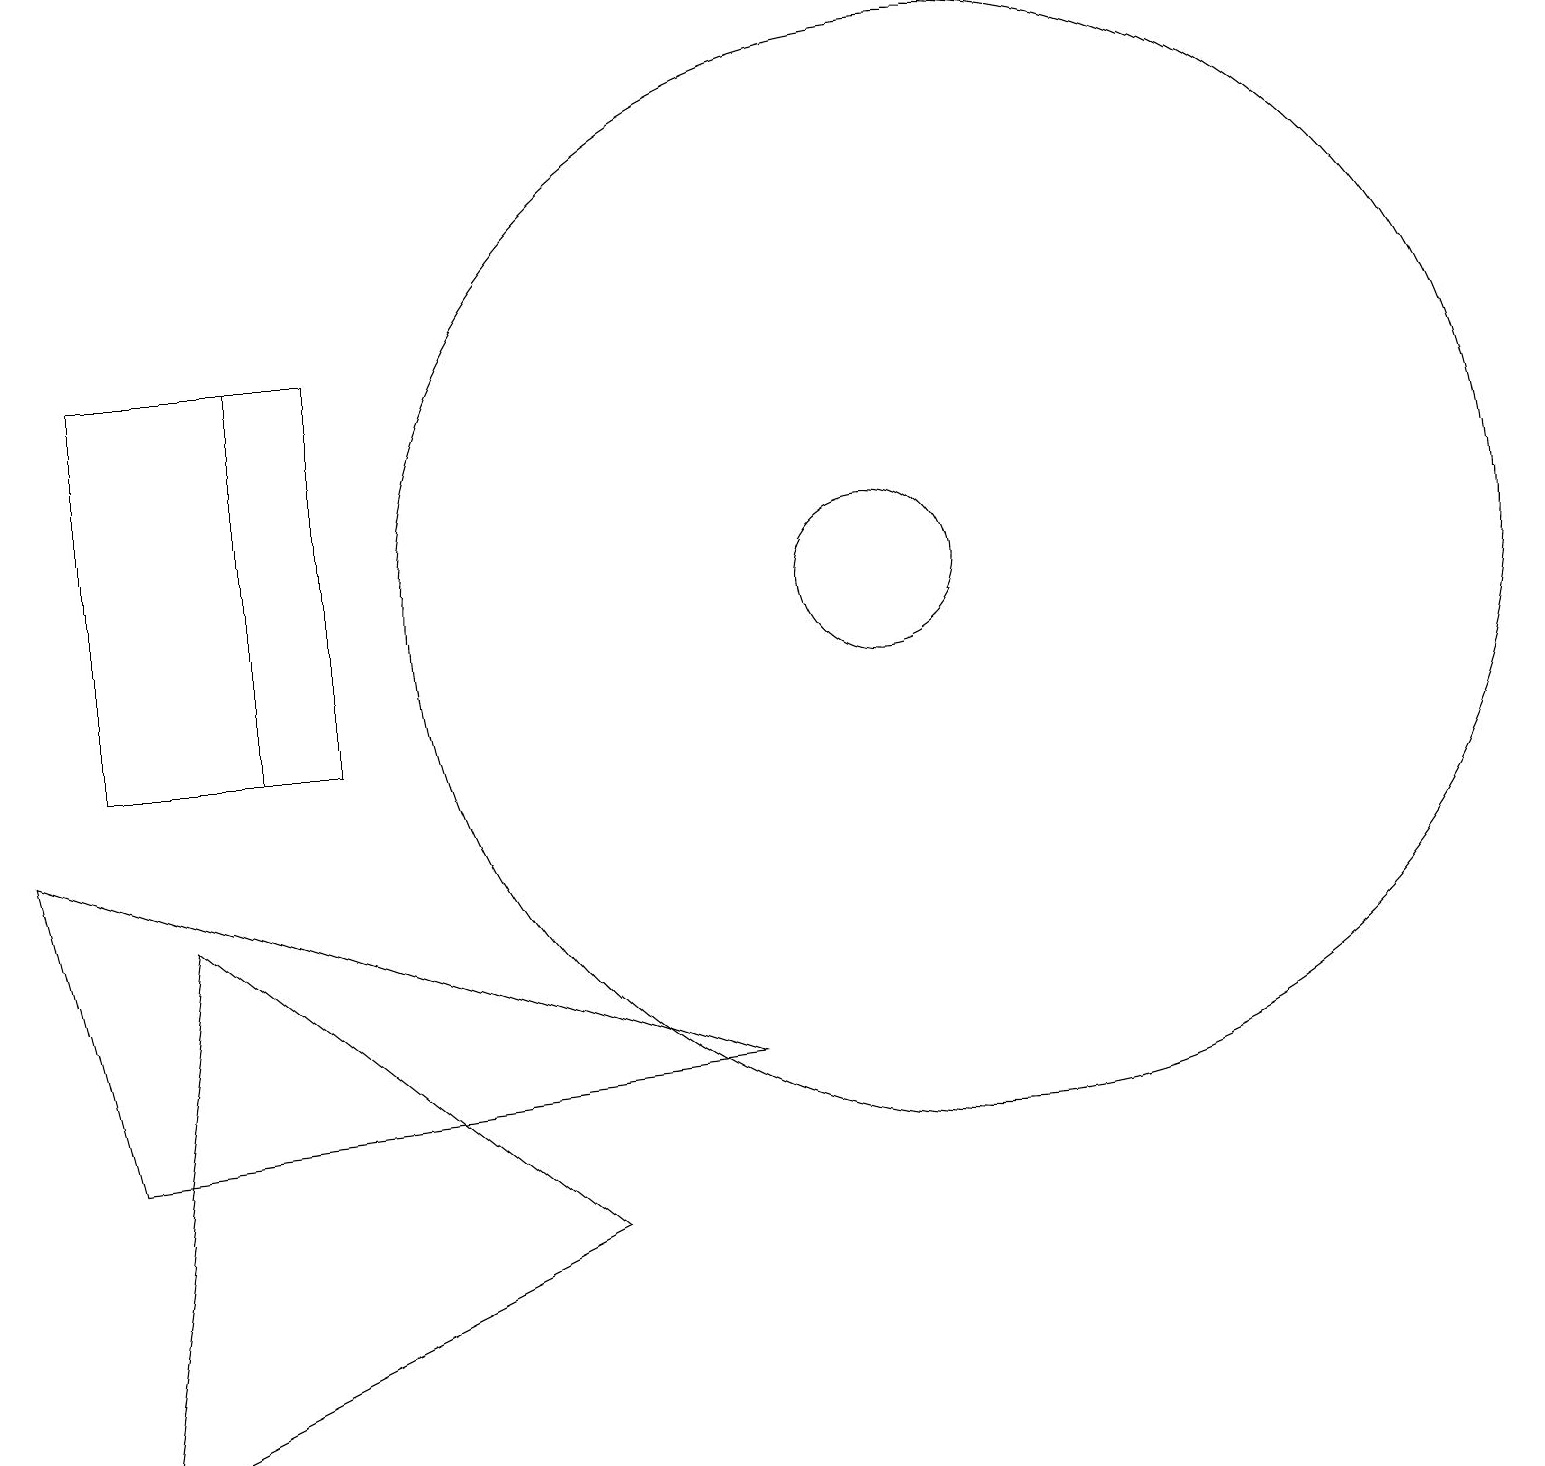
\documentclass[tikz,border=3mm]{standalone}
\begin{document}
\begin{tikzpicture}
\draw (11,12) circle (1);
\draw (0,9) -- (1,5) -- (9,6) -- cycle;
\draw (2,8) -- (1,1) -- (7,4) -- cycle;
\draw (12,12) circle (7);
\draw (3,10) rectangle (4,15);
\draw (1,15) rectangle (3,10);
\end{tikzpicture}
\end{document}